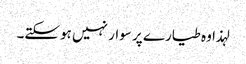
لہذا وہ طیارے پر سوار نہیں ہوسکتے۔